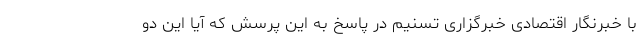
با خبرنگار اقتصادی خبرگزاری تسنیم در پاسخ به این پرسش که آیا این دو